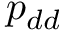
p _ { d d }